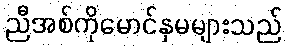
ညီအစ်ကိုမောင်နှမများသည်